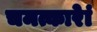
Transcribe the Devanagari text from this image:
चमत्कारेां